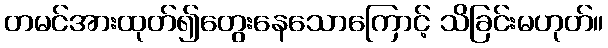
တမင်အားထုတ်၍တွေးနေသောကြောင့် သိခြင်းမဟုတ်။